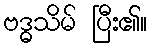
ဗဒ္ဓသိမ် ပြီး၏။